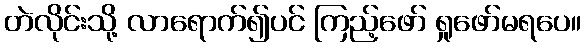
တဲလိုင်းသို့ လာရောက်၍ပင် ကြည့်ဖော် ရှုဖော်မရပေ။